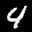
Label: 4